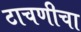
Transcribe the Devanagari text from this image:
टाचणीचा